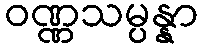
ဝဏ္ဏသမ္ပန္နာ